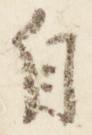
自